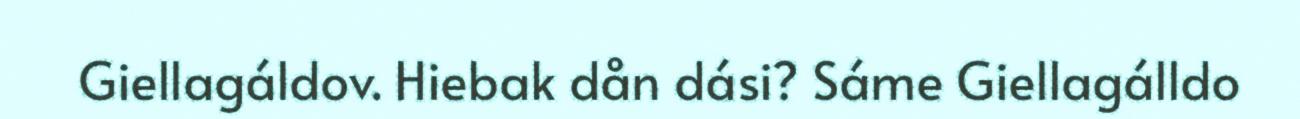
Giellagáldov. Hiebak dån dási? Sáme Giellagálldo